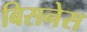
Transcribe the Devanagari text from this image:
बिसनेस